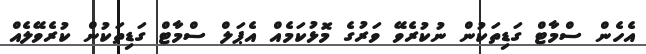
އެހެން ސްމާޓް ގަޑިތަކުން ނުކުރެވޭ ވަރުގެ މޮޅުކަމެއް އެޕަލް ސްމާޓް ގަޑިތަކުން ކުރެވޭލެއް